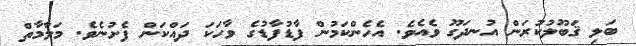
ބަލި ޤަބޫލުކުރަން އުނދަގޫ ވެއެވެ. އެހެންކަމުން ފާޑުފާޑުގެ ވާހަކަ ދައްކަން ފެށުނެވެ. މަލާމާތް